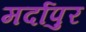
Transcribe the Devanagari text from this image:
मर्दापुर